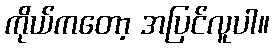
ကိုယ်ကတော့ အပြင်လူပါ။